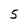
Character: 5